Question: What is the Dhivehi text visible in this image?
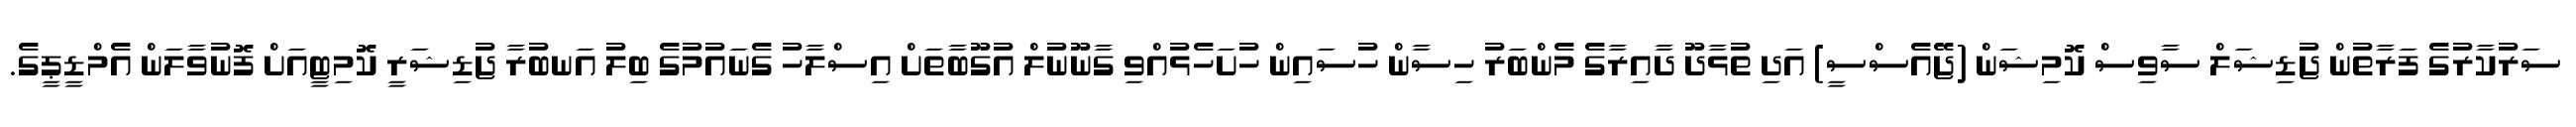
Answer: ސަރުކާރުގެ ފަރާތުން ޖުޑިޝަލް ސާވިސް ކޮމިޝަން (ޖޭއެސްސީ) އަދި ތުޅާދޫ ދާއިރާގެ މެންބަރު ހިސާން ހުސައިން ހުށަހެޅުއްވި ގާނޫނުލް އުގޫބާތަށް އިސްލާހު ގެނައުމުގެ ބިލު އަނބުރާ ޖުޑިޝަރީ ކޮމިޓީއަށް ފޮނުވާލަން އެމްޑީޕީގެ.